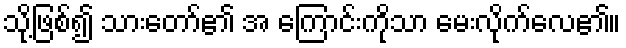
သို့ဖြစ်၍ သားတော်၏ အ ကြောင်းကိုသာ မေးလိုက်လေ၏။